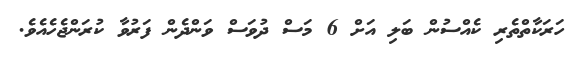
ހަރަކާތްތެރި ކެއްސުން ބަލި އަށް 6 މަސް ދުވަސް ވަންދެން ފަރުވާ ކުރަންޖެހެއެވެ.